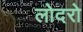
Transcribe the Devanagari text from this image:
लोदरो